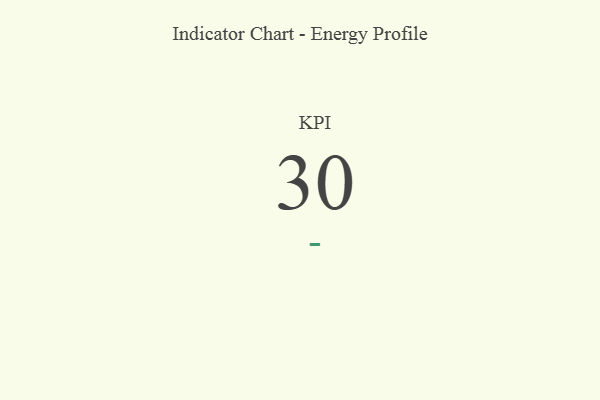
{"axis": {"x": "KPI", "y": "Value"}, "legend": [""], "data": [{"x": "KPI", "y": 30, "type": ""}]}